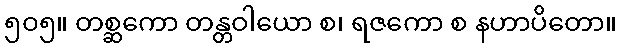
၅၀၅။ တစ္ဆကော တန္တဝါယော စ၊ ရဇကော စ နဟာပိတော။